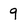
Character: 9